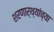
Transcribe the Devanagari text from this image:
शरणार्थ्यांच्या